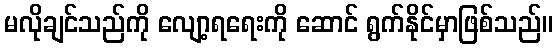
မလိုချင်သည်ကို လျော့ရရေးကို ဆောင် ရွက်နိုင်မှာဖြစ်သည်။